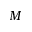
M